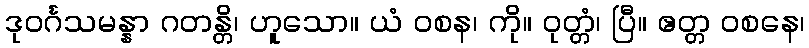
ဒုဝင်္ဂသမန္နာ ဂတန္တိ၊ ဟူသော။ ယံ ဝစန၊ ကို။ ဝုတ္တံ၊ ပြီ။ ဧတ္တ ဝစနေ၊